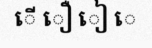
ើ ឿ ៀ េ